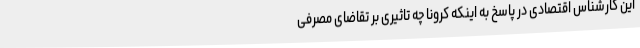
این کارشناس اقتصادی در پاسخ به اینکه کرونا چه تاثیری بر تقاضای مصرفی